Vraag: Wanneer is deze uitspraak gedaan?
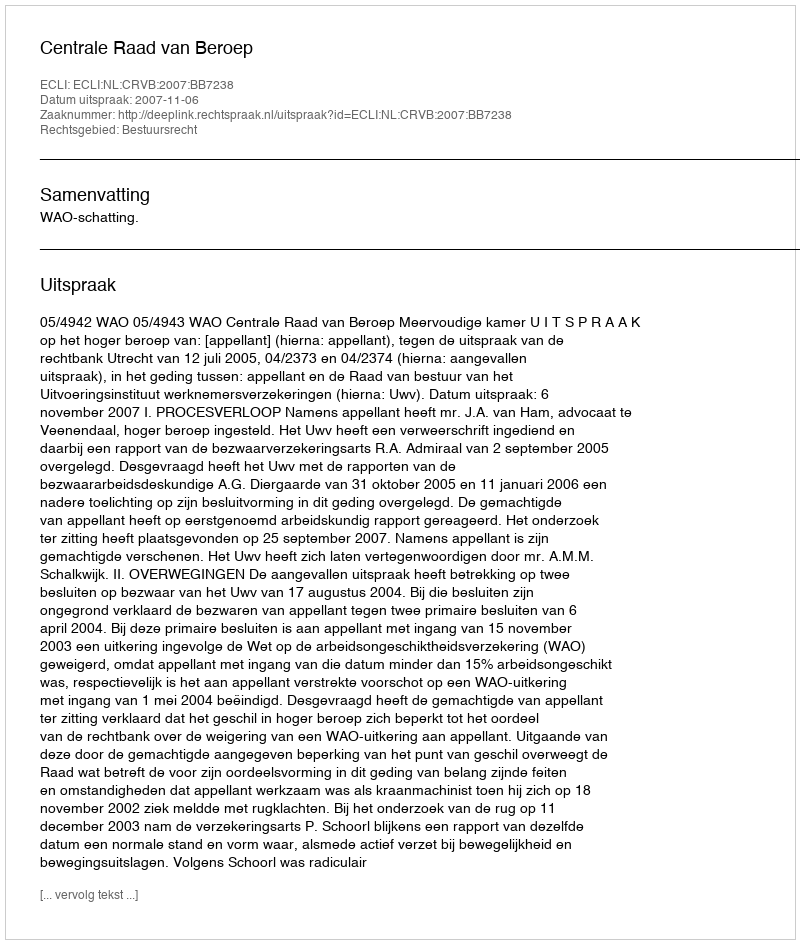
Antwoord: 2007-11-06